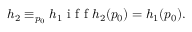
\begin{array} { r } { h _ { 2 } \equiv _ { p _ { 0 } } h _ { 1 } \mathrm { ~ i ~ f ~ f ~ } h _ { 2 } ( p _ { 0 } ) = h _ { 1 } ( p _ { 0 } ) . } \end{array}